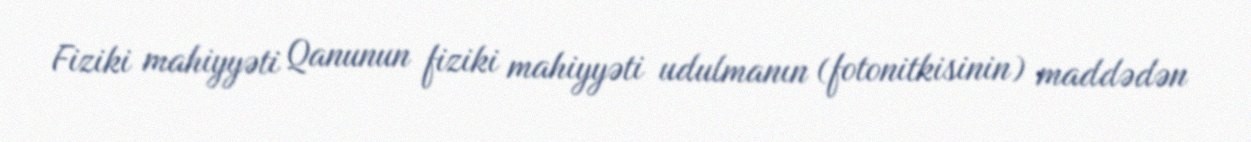
Fiziki mahiyyəti Qanunun fiziki mahiyyəti udulmanın (fotonitkisinin) maddədən